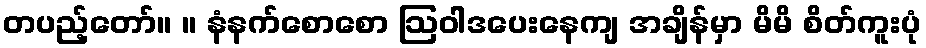
တပည့်တော်။ ။ နံနက်စောစော ဩဝါဒပေးနေကျ အချိန်မှာ မိမိ စိတ်ကူးပုံ